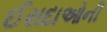
ઈરાદાઓની